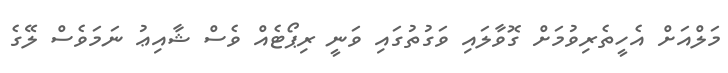
މަލްއަށް އެހީތެރިވުމަށް ގޮވާލައި ވަގުތުގައި ވަނީ ރިޕޯޓެއް ވެސް ޝާއިޢު ނަމަވެސް ލޭގެ